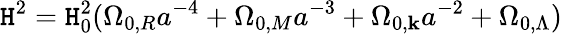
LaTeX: {\mathtt{H}^{2}}=\mathtt{H}_{0}^{2}(\Omega_{0,R}a^{-4}+\Omega_{0,M}a^{-3}+\Omega_{0,\mathbf{k}}a^{-2}+\Omega_{0,\Lambda})